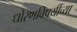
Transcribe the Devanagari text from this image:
धोरणविषयींच्या